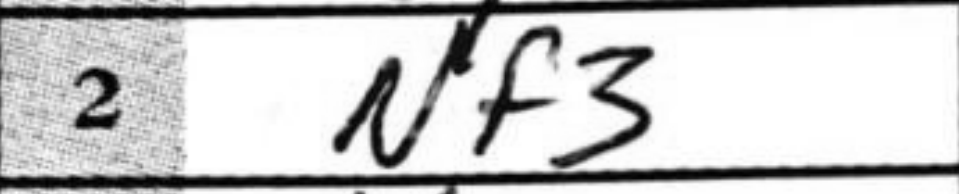
Transcription: Nf3